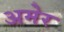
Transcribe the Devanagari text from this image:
अमेर